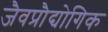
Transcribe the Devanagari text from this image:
जैवप्रौद्योगिक